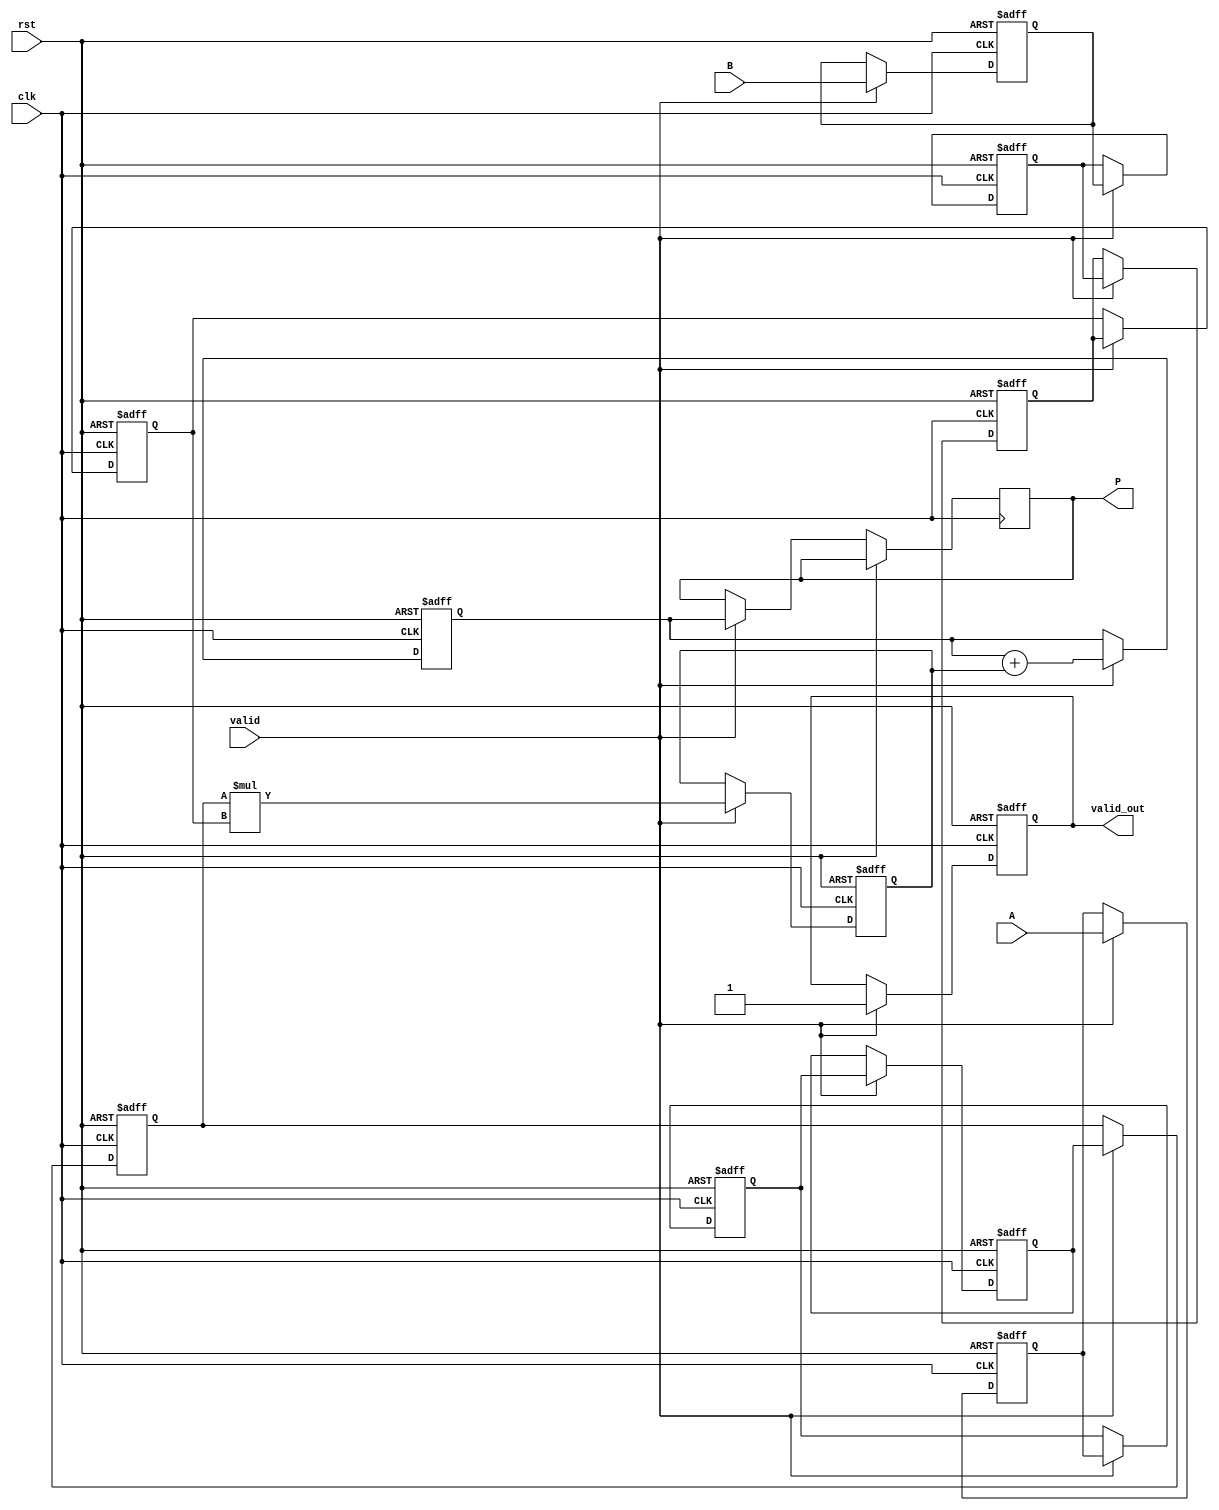
module pipelined_sliced_multiplier #(
    parameter N = 8,          // Width of input operands
    parameter SLICE_WIDTH = 2 // Width of each slice
)(
    input clk,
    input rst,
    input [N-1:0] A,         // First input operand
    input [N-1:0] B,         // Second input operand
    input valid,             // Input valid signal
    output reg [2*N-1:0] P,  // Output product
    output reg valid_out      // Output valid signal
);
    // Define the number of slices based on the input parameters
    localparam NUM_SLICES = N / SLICE_WIDTH;

    // Intermediate signals for each stage
    reg [N-1:0] A_reg [0:NUM_SLICES-1];
    reg [N-1:0] B_reg [0:NUM_SLICES-1];
    reg [2*N-1:0] partial_products [0:NUM_SLICES-1];
    reg [2*N-1:0] accumulated_sum;

    // Pipeline registers for the multiplier stages
    reg [2*N-1:0] stage_reg [0:NUM_SLICES];

    integer i;

    // Initial condition
    initial begin
        valid_out = 0;
        accumulated_sum = 0;
    end

    // Main processing block
    always @(posedge clk or posedge rst) begin
        if (rst) begin
            // Reset the pipeline registers
            valid_out <= 0;
            accumulated_sum <= 0;
            for (i = 0; i < NUM_SLICES; i = i + 1) begin
                A_reg[i] <= 0;
                B_reg[i] <= 0;
                stage_reg[i] <= 0;
                partial_products[i] <= 0;
            end
        end else if (valid) begin
            // Shift pipeline registers
            A_reg[0] <= A;
            B_reg[0] <= B;

            for (i = 1; i < NUM_SLICES; i = i + 1) begin
                A_reg[i] <= A_reg[i-1];
                B_reg[i] <= B_reg[i-1];
            end
            
            // Calculate partial products
            for (i = 0; i < NUM_SLICES; i = i + 1) begin
                partial_products[i] <= A_reg[i] * B_reg[i];
            end

            // Accumulate partial products
            accumulated_sum <= 0;
            for (i = 0; i < NUM_SLICES; i = i + 1) begin
                accumulated_sum <= accumulated_sum + partial_products[i];
            end
            
            // Update output
            P <= accumulated_sum;
            valid_out <= 1;
        end else begin
            // If invalid input, hold the value
            valid_out <= valid_out;
            P <= P;   
        end
    end

endmodule